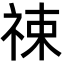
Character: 𬒶